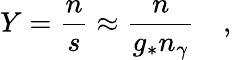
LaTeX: Y=\frac{n}{s}\approx\frac{n}{g_{\ast}n_{\gamma}}\quad,